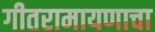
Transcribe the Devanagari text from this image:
गीतरामायणाचा